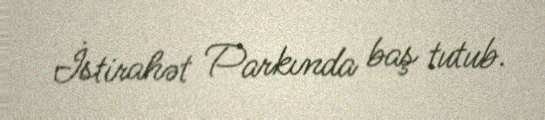
İstirahət Parkında baş tutub.